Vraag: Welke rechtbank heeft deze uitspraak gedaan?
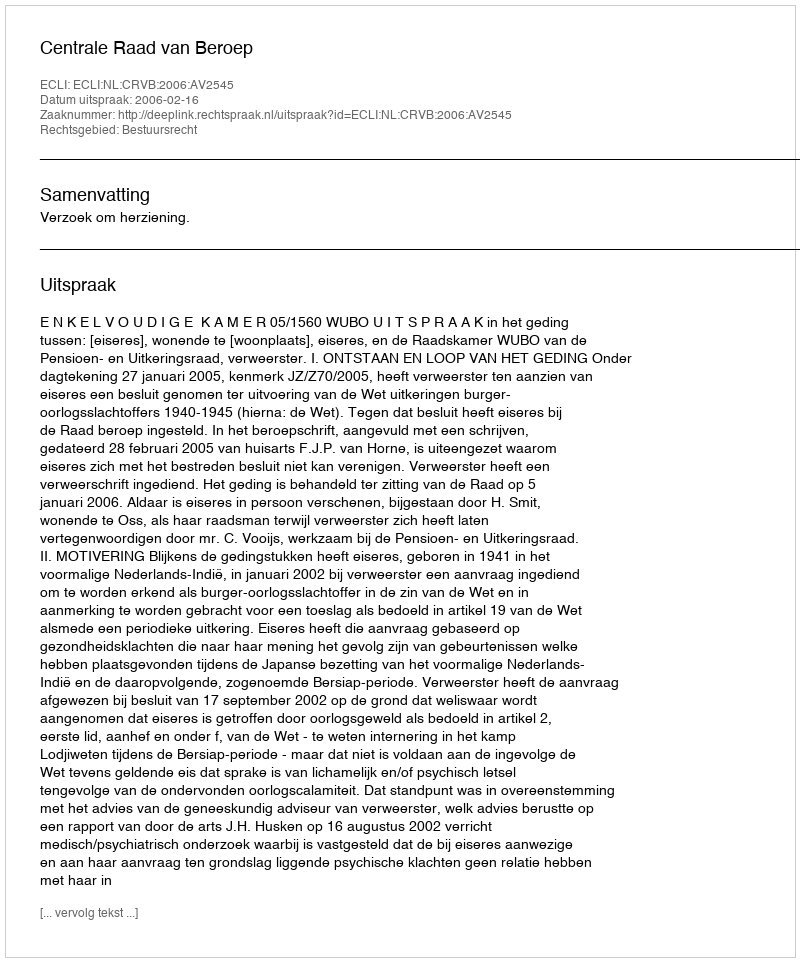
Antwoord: Centrale Raad van Beroep